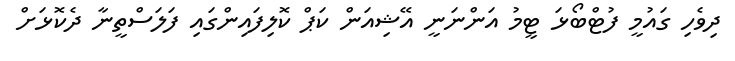
ދިވެހި ގައުމީ ފުޓްބޯޅަ ޓީމު އަންނަނީ އޭޝިއަން ކަޕް ކޮލިފައިންގައި ފަލަސްތީނާ ދެކޮޅަށް